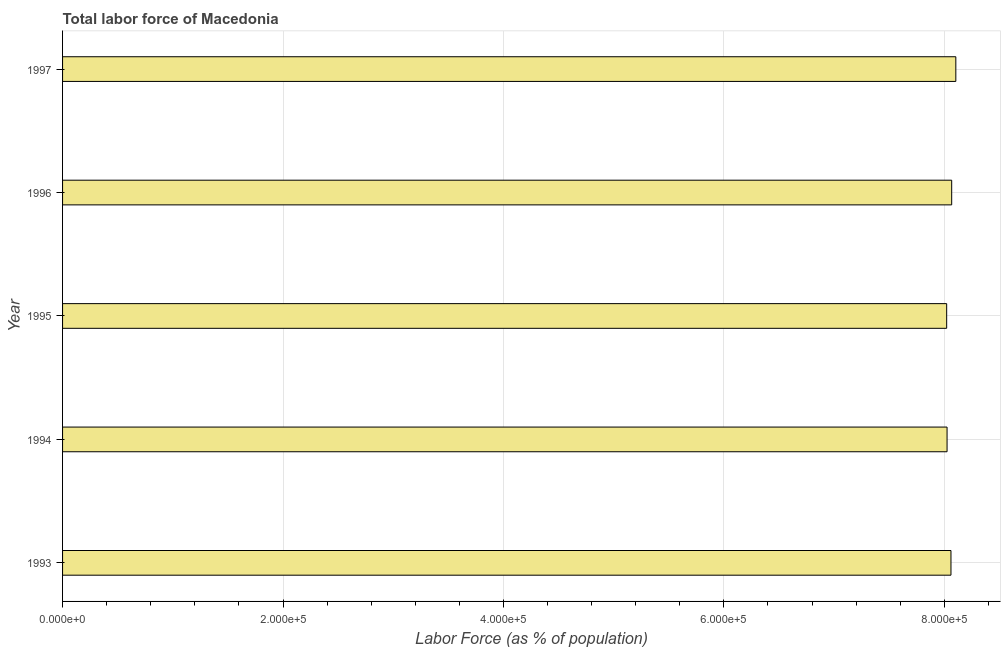
| Year | Labor force |
 | --- | --- |
 | 1993 | 8.06e+05 |
 | 1994 | 8.02e+05 |
 | 1995 | 8.02e+05 |
 | 1996 | 8.07e+05 |
 | 1997 | 8.1e+05 |